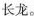
长龙。